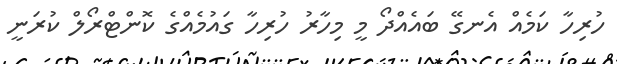
ހުރިހާ ކަމެއް އެނގޭ ބައެއްދޯ މީ މިހާރު ހުރިހާ ގައުމެއްގެ ކޮންޓްރޯލް ކުރަނީ